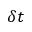
\delta t